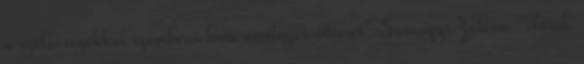
a szélsőségekkel szembeni harc esetleges sikerét" Somogyi Zoltán "Török